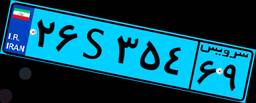
۲۶S۳۵۴۶۹